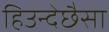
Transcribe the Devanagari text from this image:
हिउन्देछैसा